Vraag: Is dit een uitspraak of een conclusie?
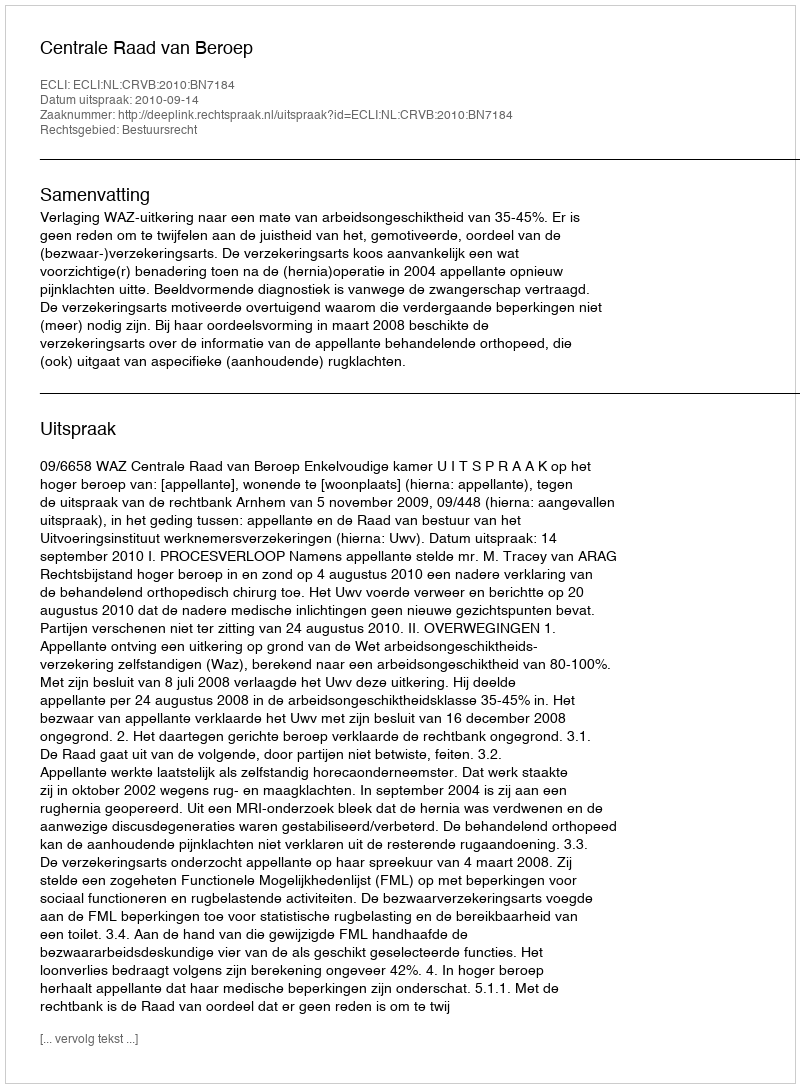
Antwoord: Uitspraak